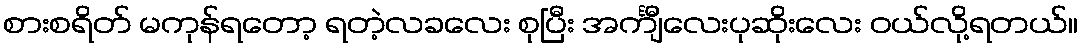
စားစရိတ် မကုန်ရတော့ ရတဲ့လခလေး စုပြီး အင်္ကျီလေးပုဆိုးလေး ဝယ်လို့ရတယ်။